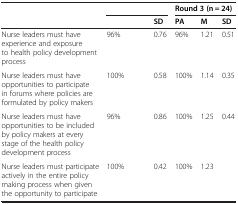
<table><thead><tr><td rowspan="2">[EMPTY_CELL]</td><td colspan="3">[EMPTY_CELL]</td><td colspan="3"><b>Round 3 (n = 24)</b></td></tr><tr><td>[EMPTY_CELL]</td><td>[EMPTY_CELL]</td><td><b>SD</b></td><td><b>PA</b></td><td><b>M</b></td><td><b>SD</b></td></tr></thead><tbody><tr><td>Nurse leaders must have experience and exposure to health policy development process</td><td>96%</td><td>[EMPTY_CELL]</td><td>0.76</td><td>96%</td><td>1.21</td><td>0.51</td></tr><tr><td>Nurse leaders must have opportunities to participate in forums where policies are formulated by policy makers</td><td>100%</td><td>[EMPTY_CELL]</td><td>0.58</td><td>100%</td><td>1.14</td><td>0.35</td></tr><tr><td>Nurse leaders must have opportunities to be included by policy makers at every stage of the health policy development process</td><td>96%</td><td>[EMPTY_CELL]</td><td>0.86</td><td>100%</td><td>1.25</td><td>0.44</td></tr><tr><td>Nurse leaders must participate actively in the entire policy making process when given the opportunity to participate</td><td>100%</td><td>[EMPTY_CELL]</td><td>0.42</td><td>100%</td><td>1.23</td><td>[EMPTY_CELL]</td></tr></tbody></table>